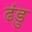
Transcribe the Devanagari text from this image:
ढंडु